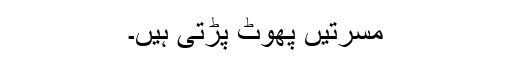
مسرتیں پھوٹ پڑتی ہیں۔